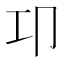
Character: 卭